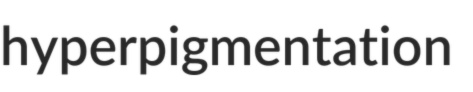
hyperpigmentation